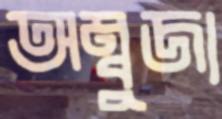
অম্বুজা